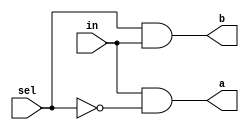
/* mdulo DMux */

`ifndef _DMux_
`define _DMux_

module DMux(a, b, in, sel);
    input in, sel;
    wire  not_sel;
    output a, b;

    not not0(not_sel, sel);
    and and0(a, in, not_sel);
    and and1(b, sel, in);
endmodule

`endif